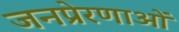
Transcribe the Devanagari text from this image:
जनप्रेरणाओं